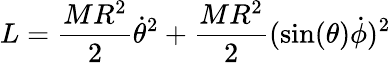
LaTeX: L={\frac{MR^{2}}{2}}{\dot{\theta}}^{2}+{\frac{MR^{2}}{2}}(\sin(\theta){\dot{\phi}})^{2}